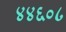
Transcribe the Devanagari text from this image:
४४६०८